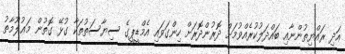
އަދި ރައްޔިތުންނާއި ބައްދަލުކުރެއްވުމަށް ދޮރުންދޮރަށް ހިންގަވައި އެމްޑީޕީގެ ސިޔާސަތުތަކާ ގުޅޭ ގޮތުން މަޢުލޫމާތު